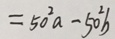
= 5 0 ^ { 2 } a - 5 0 ^ { 2 } b